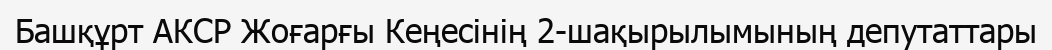
Башқұрт АКСР Жоғарғы Кеңесінің 2-шақырылымының депутаттары